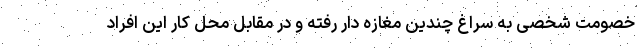
خصومت شخصی به سراغ چندین مغازه دار رفته و در مقابل محل کار این افراد